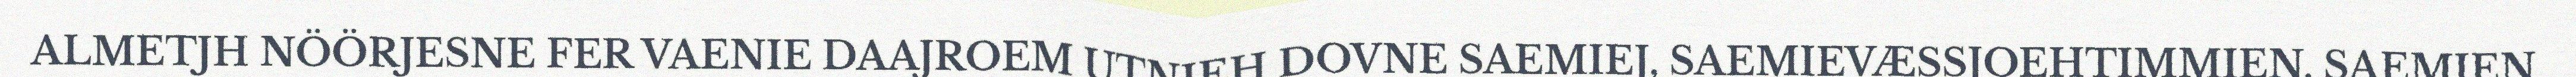
ALMETJH NÖÖRJESNE FER VAENIE DAAJROEM UTNIEH DOVNE SAEMIEJ, SAEMIEVÆSSJOEHTIMMIEN, SAEMIEN